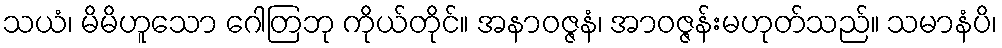
သယံ၊ မိမိဟူသော ဂေါတြဘု ကိုယ်တိုင်။ အနာဝဇ္ဇနံ၊ အာဝဇ္ဇန်းမဟုတ်သည်။ သမာနံပိ၊